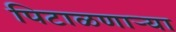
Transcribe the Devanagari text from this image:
पिटाळणाऱ्या